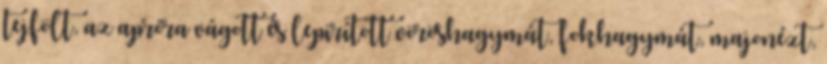
tejfölt, az apróra vágott és lepirított vöröshagymát, fokhagymát, majonézt,